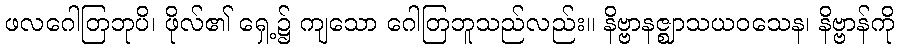
ဖလဂေါတြဘုပိ၊ ဖိုလ်၏ ရှေ့၌ ကျသော ဂေါတြဘူသည်လည်း။ နိဗ္ဗာနဇ္ဈာသယဝသေန၊ နိဗ္ဗာန်ကို